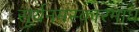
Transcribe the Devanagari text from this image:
सूर्यनमस्कारमाघ